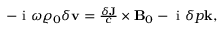
\begin{array} { r } { - \textrm { i } \omega \varrho _ { 0 } \delta \mathbf { v } = \frac { \delta \mathbf { J } } { c } \times \mathbf { B } _ { 0 } - \textrm { i } \delta p \mathbf { k } , } \end{array}